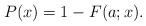
LaTeX: \begin{align*}P(x)=1-F(a;x).\end{align*}